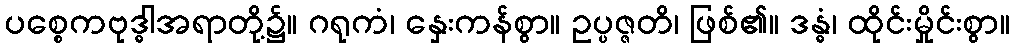
ပစ္စေကဗုဒ္ဓါအရာတို့၌။ ဂရုကံ၊ နှေးကန်စွာ။ ဥပ္ပဇ္ဇတိ၊ ဖြစ်၏။ ဒန္ဓံ၊ ထိုင်းမှိုင်းစွာ။